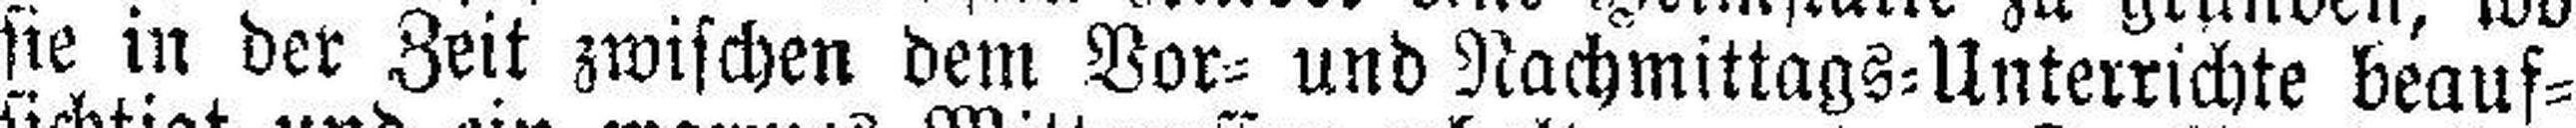
sie in der Zeit zwischen dem Vor= und Nachmittags=Unterrichte beauf¬